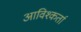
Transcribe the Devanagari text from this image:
आविश्कर्ता